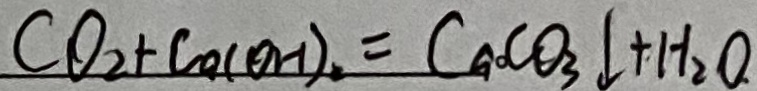
C O _ { 2 } + C a ( O H ) _ { 2 } = C a C O _ { 3 } \downarrow + H _ { 2 } O .